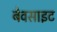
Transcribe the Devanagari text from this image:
बेवसाइट